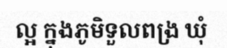
ល្អ ក្នុងភូមិទួលពង្រ ឃុំ